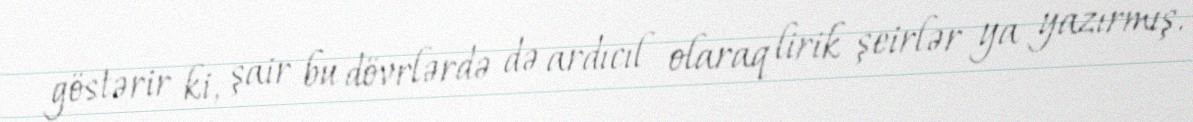
göstərir ki, şair bu dövrlərdə də ardıcıl olaraq lirik şeirlər ya yazırmış.